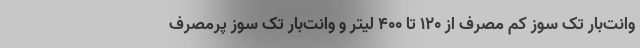
وانت‌بار تک سوز کم‌ مصرف از ۱۲۰ تا ۴۰۰ لیتر و وانت‌بار تک سوز پرمصرف